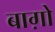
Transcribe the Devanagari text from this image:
बाग़ोे